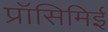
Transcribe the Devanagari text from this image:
प्रॉसिमिई